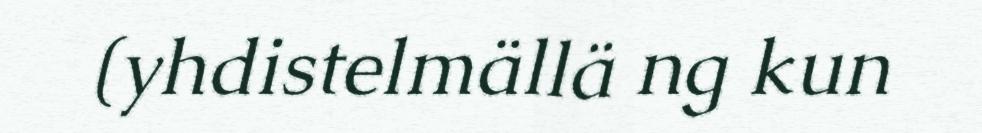
(yhdistelmällä ng kun